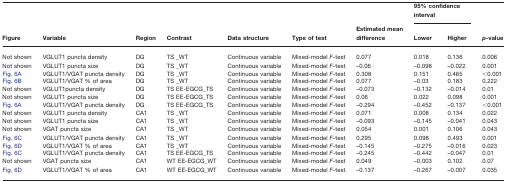
<table><thead><tr><td></td><td></td><td></td><td></td><td></td><td></td><td></td><td colspan="2"><b>95% confidence interval</b></td><td></td></tr><tr><td><b>Figure</b></td><td><b>Variable</b></td><td><b>Region</b></td><td><b>Contrast</b></td><td><b>Data structure</b></td><td><b>Type of test</b></td><td><b>Estimated mean difference</b></td><td><b>Lower</b></td><td><b>Higher</b></td><td><b><i>p</i>-value</b></td></tr></thead><tbody><tr><td>Not shown</td><td>VGLUT1 puncta density</td><td>DG</td><td>TS _WT</td><td>Continuous variable</td><td>Mixed-model <i>F</i>-test</td><td>0.077</td><td>0.018</td><td>0.136</td><td>0.006</td></tr><tr><td>Not shown</td><td>VGLUT1 puncta size</td><td>DG</td><td>TS _WT</td><td>Continuous variable</td><td>Mixed-model <i>F</i>-test</td><td>–0.06</td><td>–0.098</td><td>–0.022</td><td>0.001</td></tr><tr><td>Fig. 6A</td><td>VGLUT1/VGAT puncta density</td><td>DG</td><td>TS _WT</td><td>Continuous variable</td><td>Mixed-model <i>F</i>-test</td><td>0.308</td><td>0.151</td><td>0.465</td><td>&lt;0.001</td></tr><tr><td>Fig. 6B</td><td>VGLUT1/VGAT % of area</td><td>DG</td><td>TS _WT</td><td>Continuous variable</td><td>Mixed-model <i>F</i>-test</td><td>0.077</td><td>–0.03</td><td>0.183</td><td>0.222</td></tr><tr><td>Not shown</td><td>VGLUT1puncta density</td><td>DG</td><td>TS EE-EGCG_TS</td><td>Continuous variable</td><td>Mixed-model <i>F</i>-test</td><td>–0.073</td><td>–0.132</td><td>–0.014</td><td>0.01</td></tr><tr><td>Not shown</td><td>VGLUT1 puncta size</td><td>DG</td><td>TS EE-EGCG_TS</td><td>Continuous variable</td><td>Mixed-model <i>F</i>-test</td><td>0.06</td><td>0.022</td><td>0.098</td><td>0.001</td></tr><tr><td>Fig. 6A</td><td>VGLUT1/VGAT puncta density</td><td>DG</td><td>TS EE-EGCG_TS</td><td>Continuous variable</td><td>Mixed-model <i>F</i>-test</td><td>–0.294</td><td>–0.452</td><td>–0.137</td><td>&lt;0.001</td></tr><tr><td>Not shown</td><td>VGLUT1 puncta density</td><td>CA1</td><td>TS _WT</td><td>Continuous variable</td><td>Mixed-model <i>F</i>-test</td><td>0.071</td><td>0.008</td><td>0.134</td><td>0.022</td></tr><tr><td>Not shown</td><td>VGLUT1 puncta size</td><td>CA1</td><td>TS _WT</td><td>Continuous variable</td><td>Mixed-model <i>F</i>-test</td><td>–0.093</td><td>–0.145</td><td>–0.041</td><td>0.043</td></tr><tr><td>Not shown</td><td>VGAT puncta size</td><td>CA1</td><td>TS _WT</td><td>Continuous variable</td><td>Mixed-model <i>F</i>-test</td><td>0.054</td><td>0.001</td><td>0.106</td><td>0.043</td></tr><tr><td>Fig. 6C</td><td>VGLUT1/VGAT puncta density</td><td>CA1</td><td>TS _WT</td><td>Continuous variable</td><td>Mixed-model <i>F</i>-test</td><td>0.295</td><td>0.098</td><td>0.493</td><td>0.001</td></tr><tr><td>Fig. 6D</td><td>VGLUT1/VGAT % of area</td><td>CA1</td><td>TS _WT</td><td>Continuous variable</td><td>Mixed-model <i>F</i>-test</td><td>–0.145</td><td>–0.275</td><td>–0.016</td><td>0.023</td></tr><tr><td>Fig. 6C</td><td>VGLUT1/VGAT puncta density</td><td>CA1</td><td>TS EE-EGCG_TS</td><td>Continuous variable</td><td>Mixed-model <i>F</i>-test</td><td>–0.245</td><td>–0.442</td><td>–0.047</td><td>0.01</td></tr><tr><td>Not shown</td><td>VGAT puncta size</td><td>CA1</td><td>WT EE-EGCG_WT</td><td>Continuous variable</td><td>Mixed-model <i>F</i>-test</td><td>0.049</td><td>–0.003</td><td>0.102</td><td>0.07</td></tr><tr><td>Fig. 6D</td><td>VGLUT1/VGAT % of area</td><td>CA1</td><td>WT EE-EGCG_WT</td><td>Continuous variable</td><td>Mixed-model <i>F</i>-test</td><td>–0.137</td><td>–0.267</td><td>–0.007</td><td>0.035</td></tr></tbody></table>